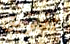
تفريق